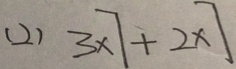
( 2 ) 3 \times 7 + 2 \times 7